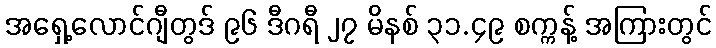
အရှေ့လောင်ဂျီတွဒ် ၉၆ ဒီဂရီ ၂၇ မိနစ် ၃၁.၄၉ စက္ကန့် အကြားတွင်